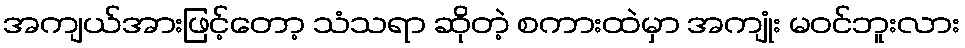
အကျယ်အားဖြင့်တော့ သံသရာ ဆိုတဲ့ စကားထဲမှာ အကျုံး မဝင်ဘူးလား